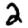
Digit: 2